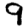
Digit: 9